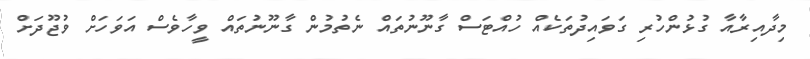
މިދާއިރާއާ ގުޅުންހުރި ގަވައިދުތަކެއް ހުއްޓަސް ގާނޫނުތައް ނެތުމުން ގާނޫނުތައް ވީހާވެސް އަވަހަށް ވުޖޫދަށް